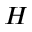
H